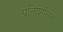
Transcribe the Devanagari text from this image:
प्रतिशिक्षित